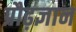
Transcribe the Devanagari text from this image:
प्रौढ़ज्ञान